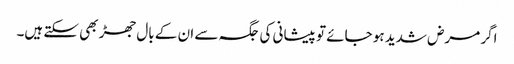
اگر مرض شدید ہو جائے تو پیشانی کی جگہ سے ان کے بال جھڑ بھی سکتے ہیں۔